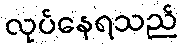
လုပ်နေရသည်